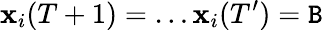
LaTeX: \mathbf{x}_{i}(T+1)=\ldots\mathbf{x}_{i}(T^{\prime})=\mathtt{{B}}